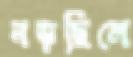
নড়ছিলে